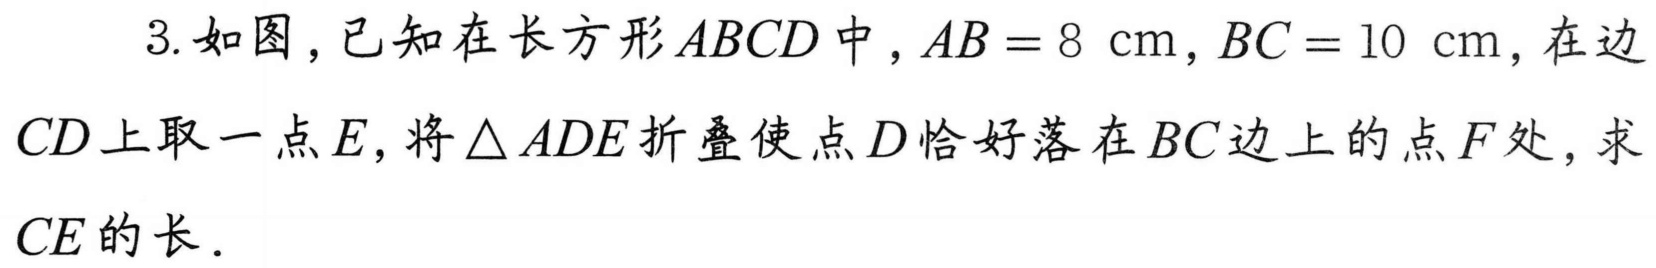
3. 如图，已知在长方形\(ABCD\)中，\(AB = 8\ \text{cm}\)，\(BC = 10\ \text{cm}\)，在边\(CD\)上取一点\(E\)，将\(\triangle ADE\)折叠使点\(D\)恰好落在\(BC\)边上的点\(F\)处，求\(CE\)的长．